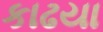
કાઢયા